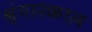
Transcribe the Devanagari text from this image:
श्रृंगारकाल